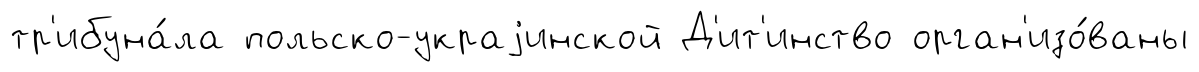
тр'ибуна́ла польско-украjинской Д'ит'инство орган'изо́ваны